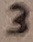
Text: 4